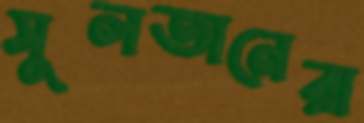
সুলতানেরা